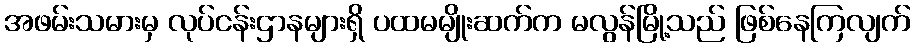
အဖမ်းသမားမှ လုပ်ငန်းဌာနများရှိ ပထမမျိုးဆက်က မလွန်မြို့သည် ဖြစ်နေကြလျက်